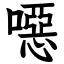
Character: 噁